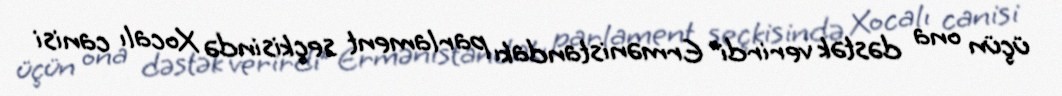
üçün ona dəstək verirdi” Ermənistandakı parlament seçkisində Xocalı canisi